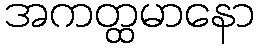
အကတ္ထမာနော